Report of the Municipal Commissioner on the plague in Bombay for the year ending 31st May... - Volume 1
Disease focus: Plague
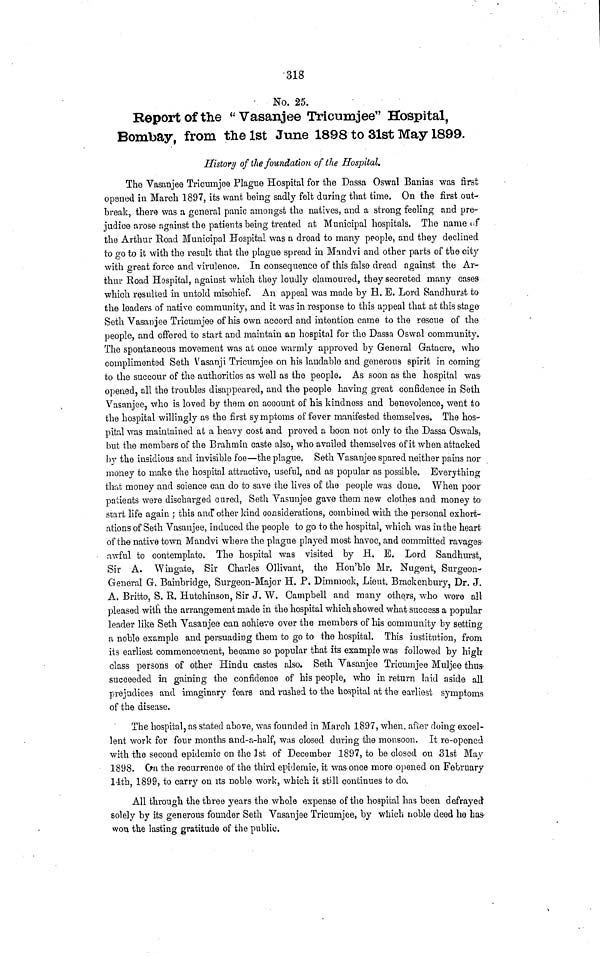
318
No. 25.
Report of the " Vasanjee Tricumjee" Hospital,
Bombay, from the 1st June 1898 to 31st May 1899.
History of the foundation of the Hospital.
The Vasanjee Tricumjee Plague Hospital for the Dassa Oswal Banias was first
opened in March 1897, its want being sadly felt during that time. On the first out-
break, there was a general panic amongst the natives, and a strong feeling and pre-
judice arose against the patients being treated at Municipal hospitals. The name of
the Arthur Road Municipal Hospital was a droad to many people, and they declined
to go to it with the result that the plague spread in Mandvi and other parts of the city
with great force and virulence. In consequence of this false dread against the Ar-
thur Road Hospital, against which they loudly clamoured, they secreted many cases
which resulted in untold mischief. An appeal was made by H. E. Lord Sandhurst to
the leaders of native community, and it was in response to this appeal that at this stage
Seth Vasanjee Tricumjee of his own accord and intention came to the rescue of the
people, and offered to start and maintain an hospital for the Dasaa Oswal community.
The spontaneous movement was at once warmly approved by General Gatacre, who
complimented Seth Vasanji Tricumjee on his laudable and generous spirit in coming
to the succour of the authorities as well as the people. As soon as the hospital was
opened, all the troubles disappeared, and the people having great confidence in Seth
Vasanjee, who is loved by them on account of his kindness and benevolence, went to
the hospital willingly as the first symptoms of fever manifested themselves. The hos-
pital was maintained at a heavy cost and proved a boon not only to the Dassa Oswals,
but the members of the Brahmin caste also, who availed themselves of it when attacked
by the insidious and invisible foe—the plague. Seth Vasanjee spared neither pains nor
money to make the hospital attractive, useful, and as popular as possible. Everything
that money and science can do to save the lives of the people was done. When poor
patients were discharged cured, Seth Vasunjee gave them new clothes and money to
start life again ; this and other kind considerations, combined with the personal exhort-
ations of Seth Vasanjee, induced the people to go to the hospital, which was in the heart
of the native town Mandvi where the plague played most havoc, and committed ravages-
awful to contemplate. The hospital was visited by H. E. Lord Sandhurst
Sir A. Wingate, Sir Charles Ollivant, the Hon'ble Mr. Nugent, Surgeon-
General G. Bainbridge, Surgeon-Major H. P. Dimmock, Lieut. Brackenbury, Dr. J.
A. Britto, S. R. Hutchinson, Sir J. W. Campbell and many others, who were all
pleased witli the arrangement made in the hospital which showed what success a popular
leader like Seth Vasanjee can achieve over the members of his community by settino-
a noble example and persuading them to go to the hospital. This institution, from
its earliest commencement, became so popular that its example was followed by high-
class persons of other Hindu castes also. Seth Vasanjee Tricumjee Muljee thus
succeeded in gaming the confidence of his people, who in return laid aside all
prejudices and imaginary fears and rushed to the hospital at the- earliest symptoms
of the disease.
The hospital, as stated above, was founded in March 1897, when, after doing excel-
lent work for four months and-a-half, was closed during the monsoon. It re-opened
with the second epidemic on the 1st of December 1897, to be closed on 31st May
1898. On the recurrence of the third epidemic, it was once more opened on February
14th, 1899, to carry on its noble work, which it still continues to do.
All through the three years the whole expense of the hospital has been defrayed 1
solely by its generous founder Seth Vasanjee Tricumjee, by which noble deed he has-
won the lasting gratitude of the public.